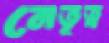
নেতৃত্ব